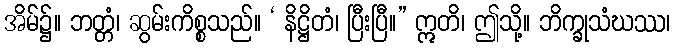
အိမ်၌။ ဘတ္တံ၊ ဆွမ်းကိစ္စသည်။ ‘ နိဋ္ဌိတံ၊ ပြီးပြီ။” ဣတိ၊ ဤသို့။ ဘိက္ခုသံဃဿ၊